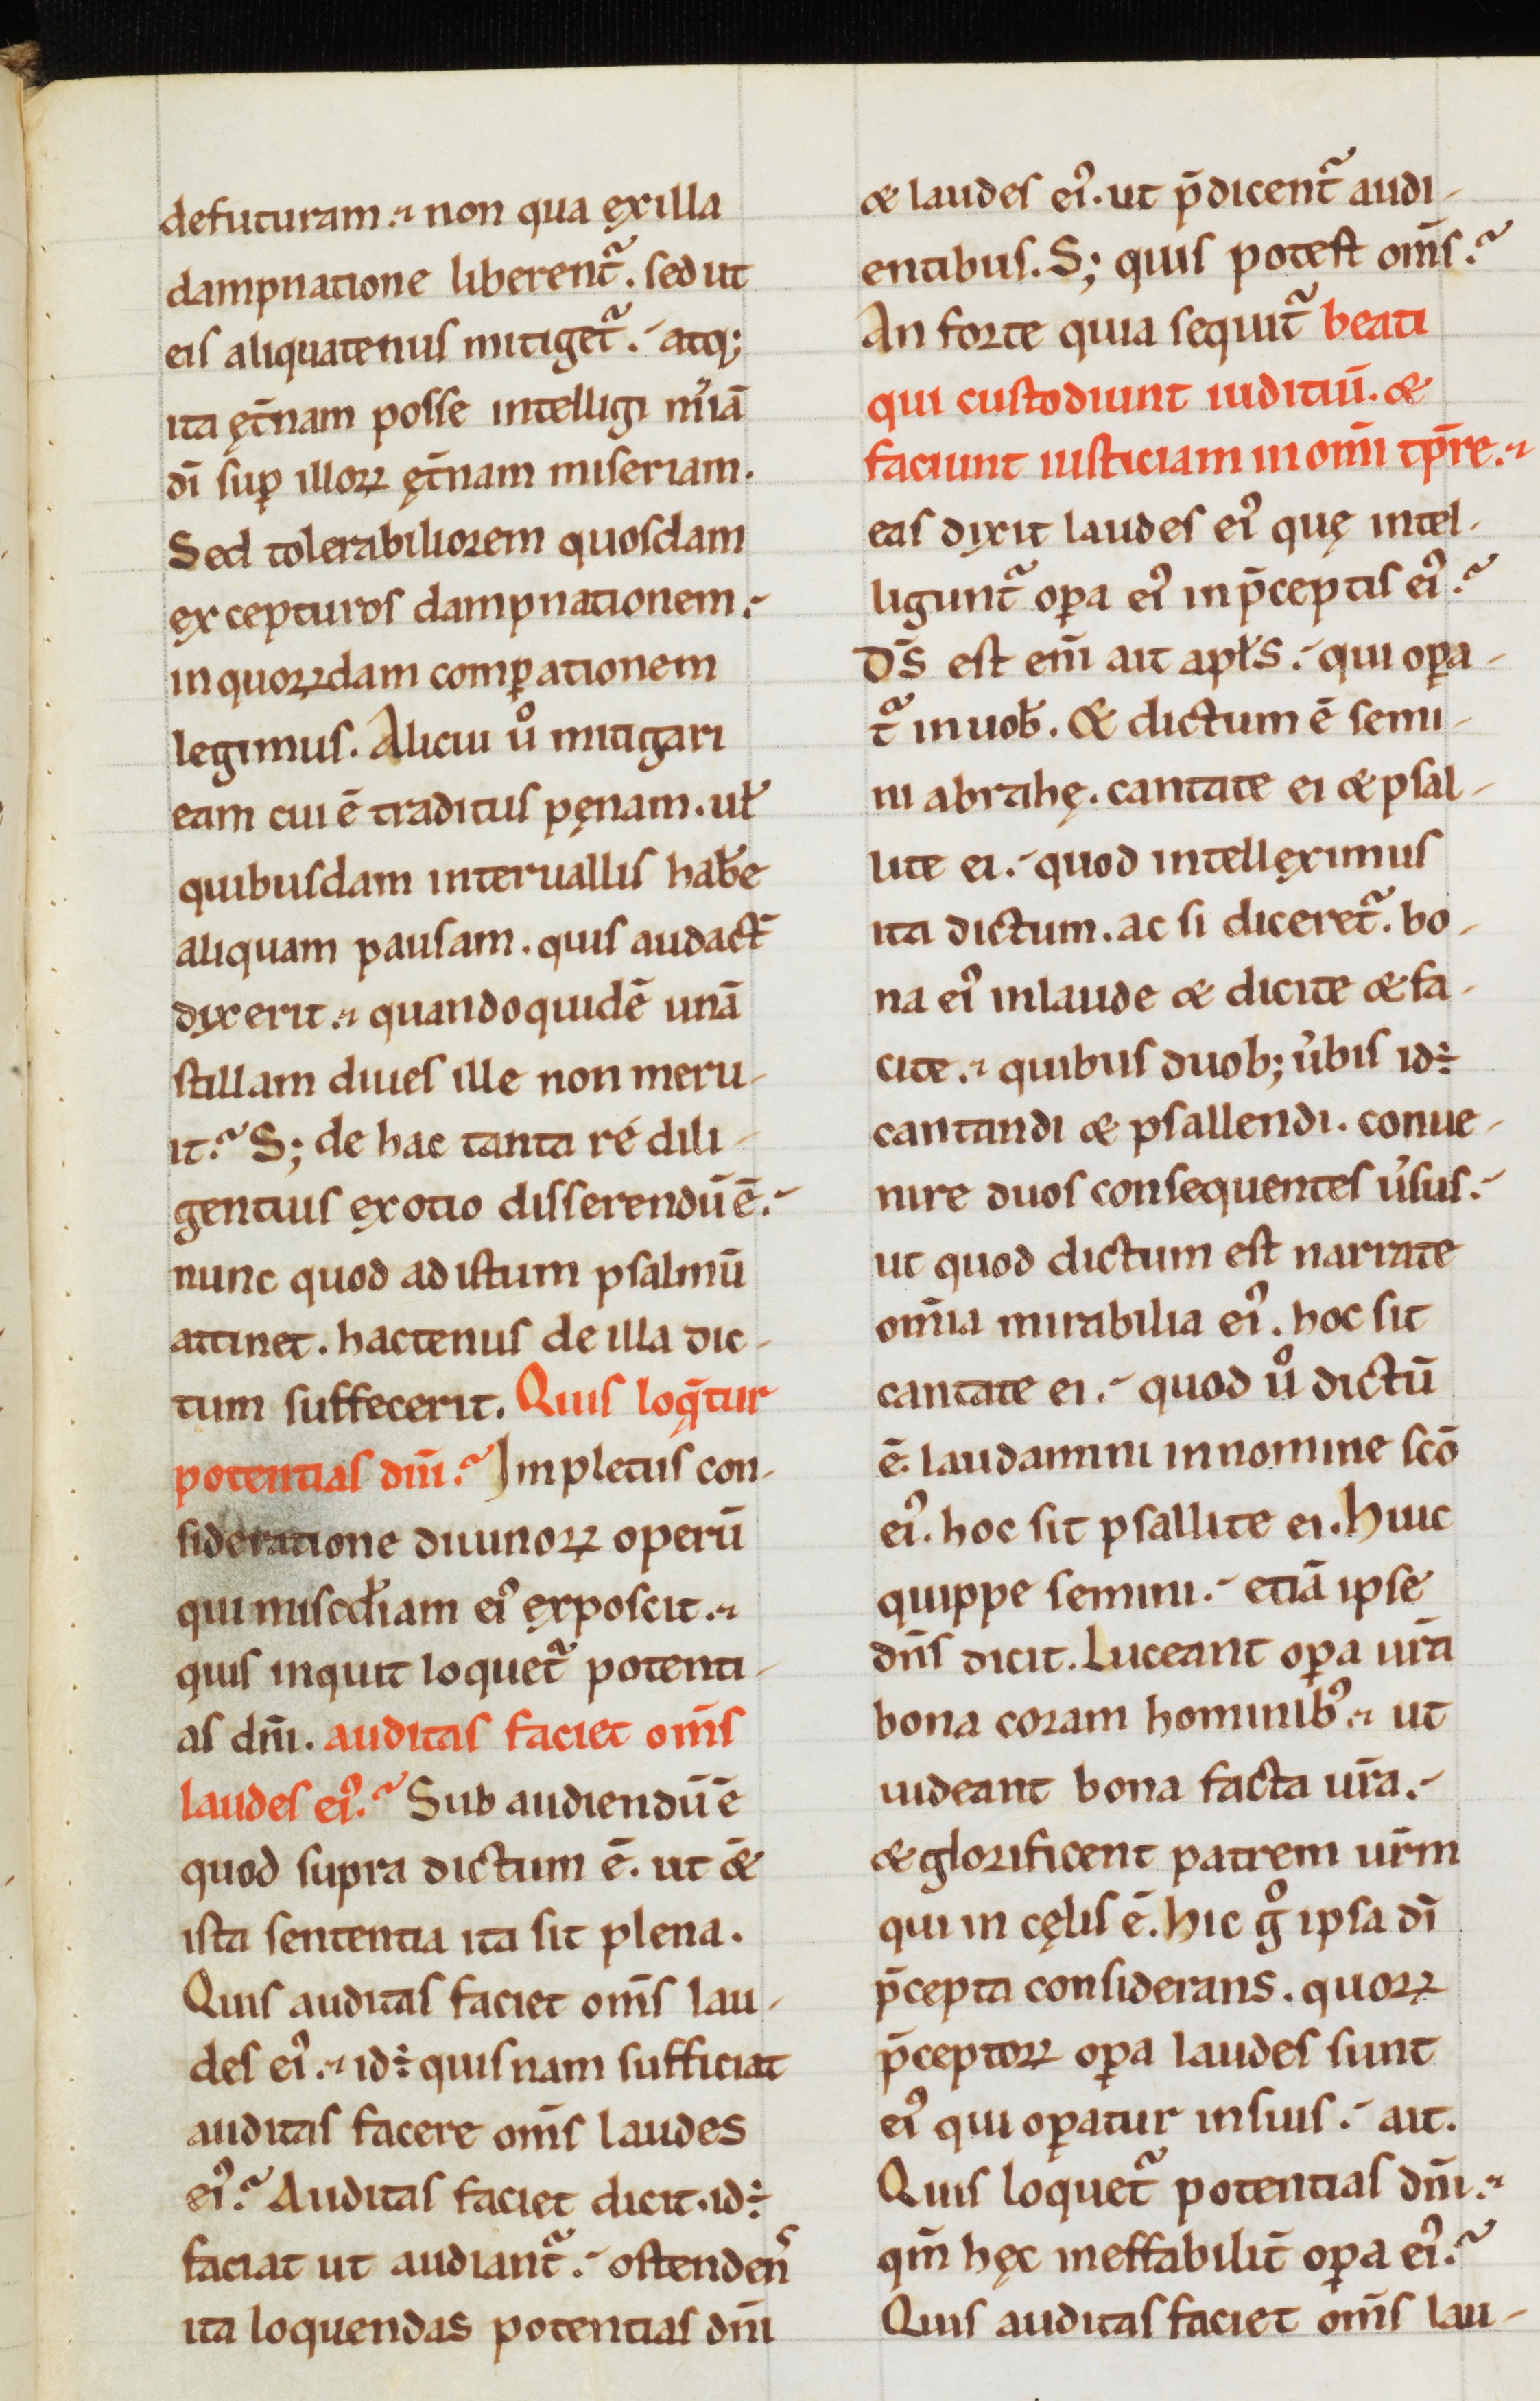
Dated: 1100–1199